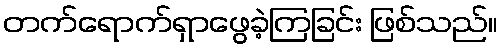
တက်ရောက်ရှာဖွေခဲ့ကြခြင်း ဖြစ်သည်။